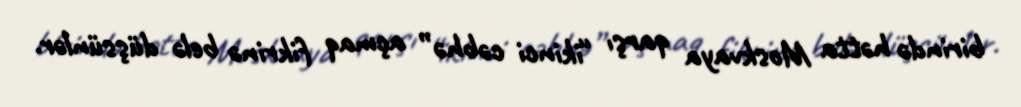
birində hətta Moskvaya qarşı “ikinci cəbhə” açmaq fikrinə belə düşsünlər.